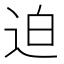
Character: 迫